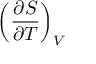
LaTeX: \left( { \frac { \partial S } { \partial T } } \right) _ { V }